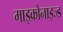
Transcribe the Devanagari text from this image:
माइक्रोनाइज्ड